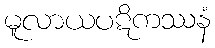
မူလာယပဋိကဿနံ